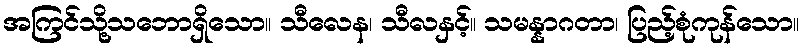
အကြင်သို့သဘောရှိသော။ သီလေန၊ သီလနှင့်။ သမန္နာဂတာ၊ ပြည့်စုံကုန်သော။